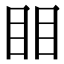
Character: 䀠